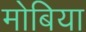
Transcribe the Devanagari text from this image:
मोबिया